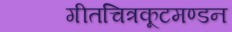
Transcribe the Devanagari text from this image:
गीतचित्रकूटमण्डन